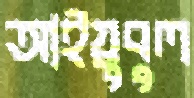
আইয়ুবুল